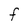
Character: F